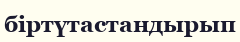
біртүтастандырып